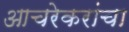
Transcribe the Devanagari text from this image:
आचरेकरांचा